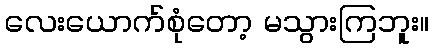
လေးယောက်စုံတော့ မသွားကြဘူး။